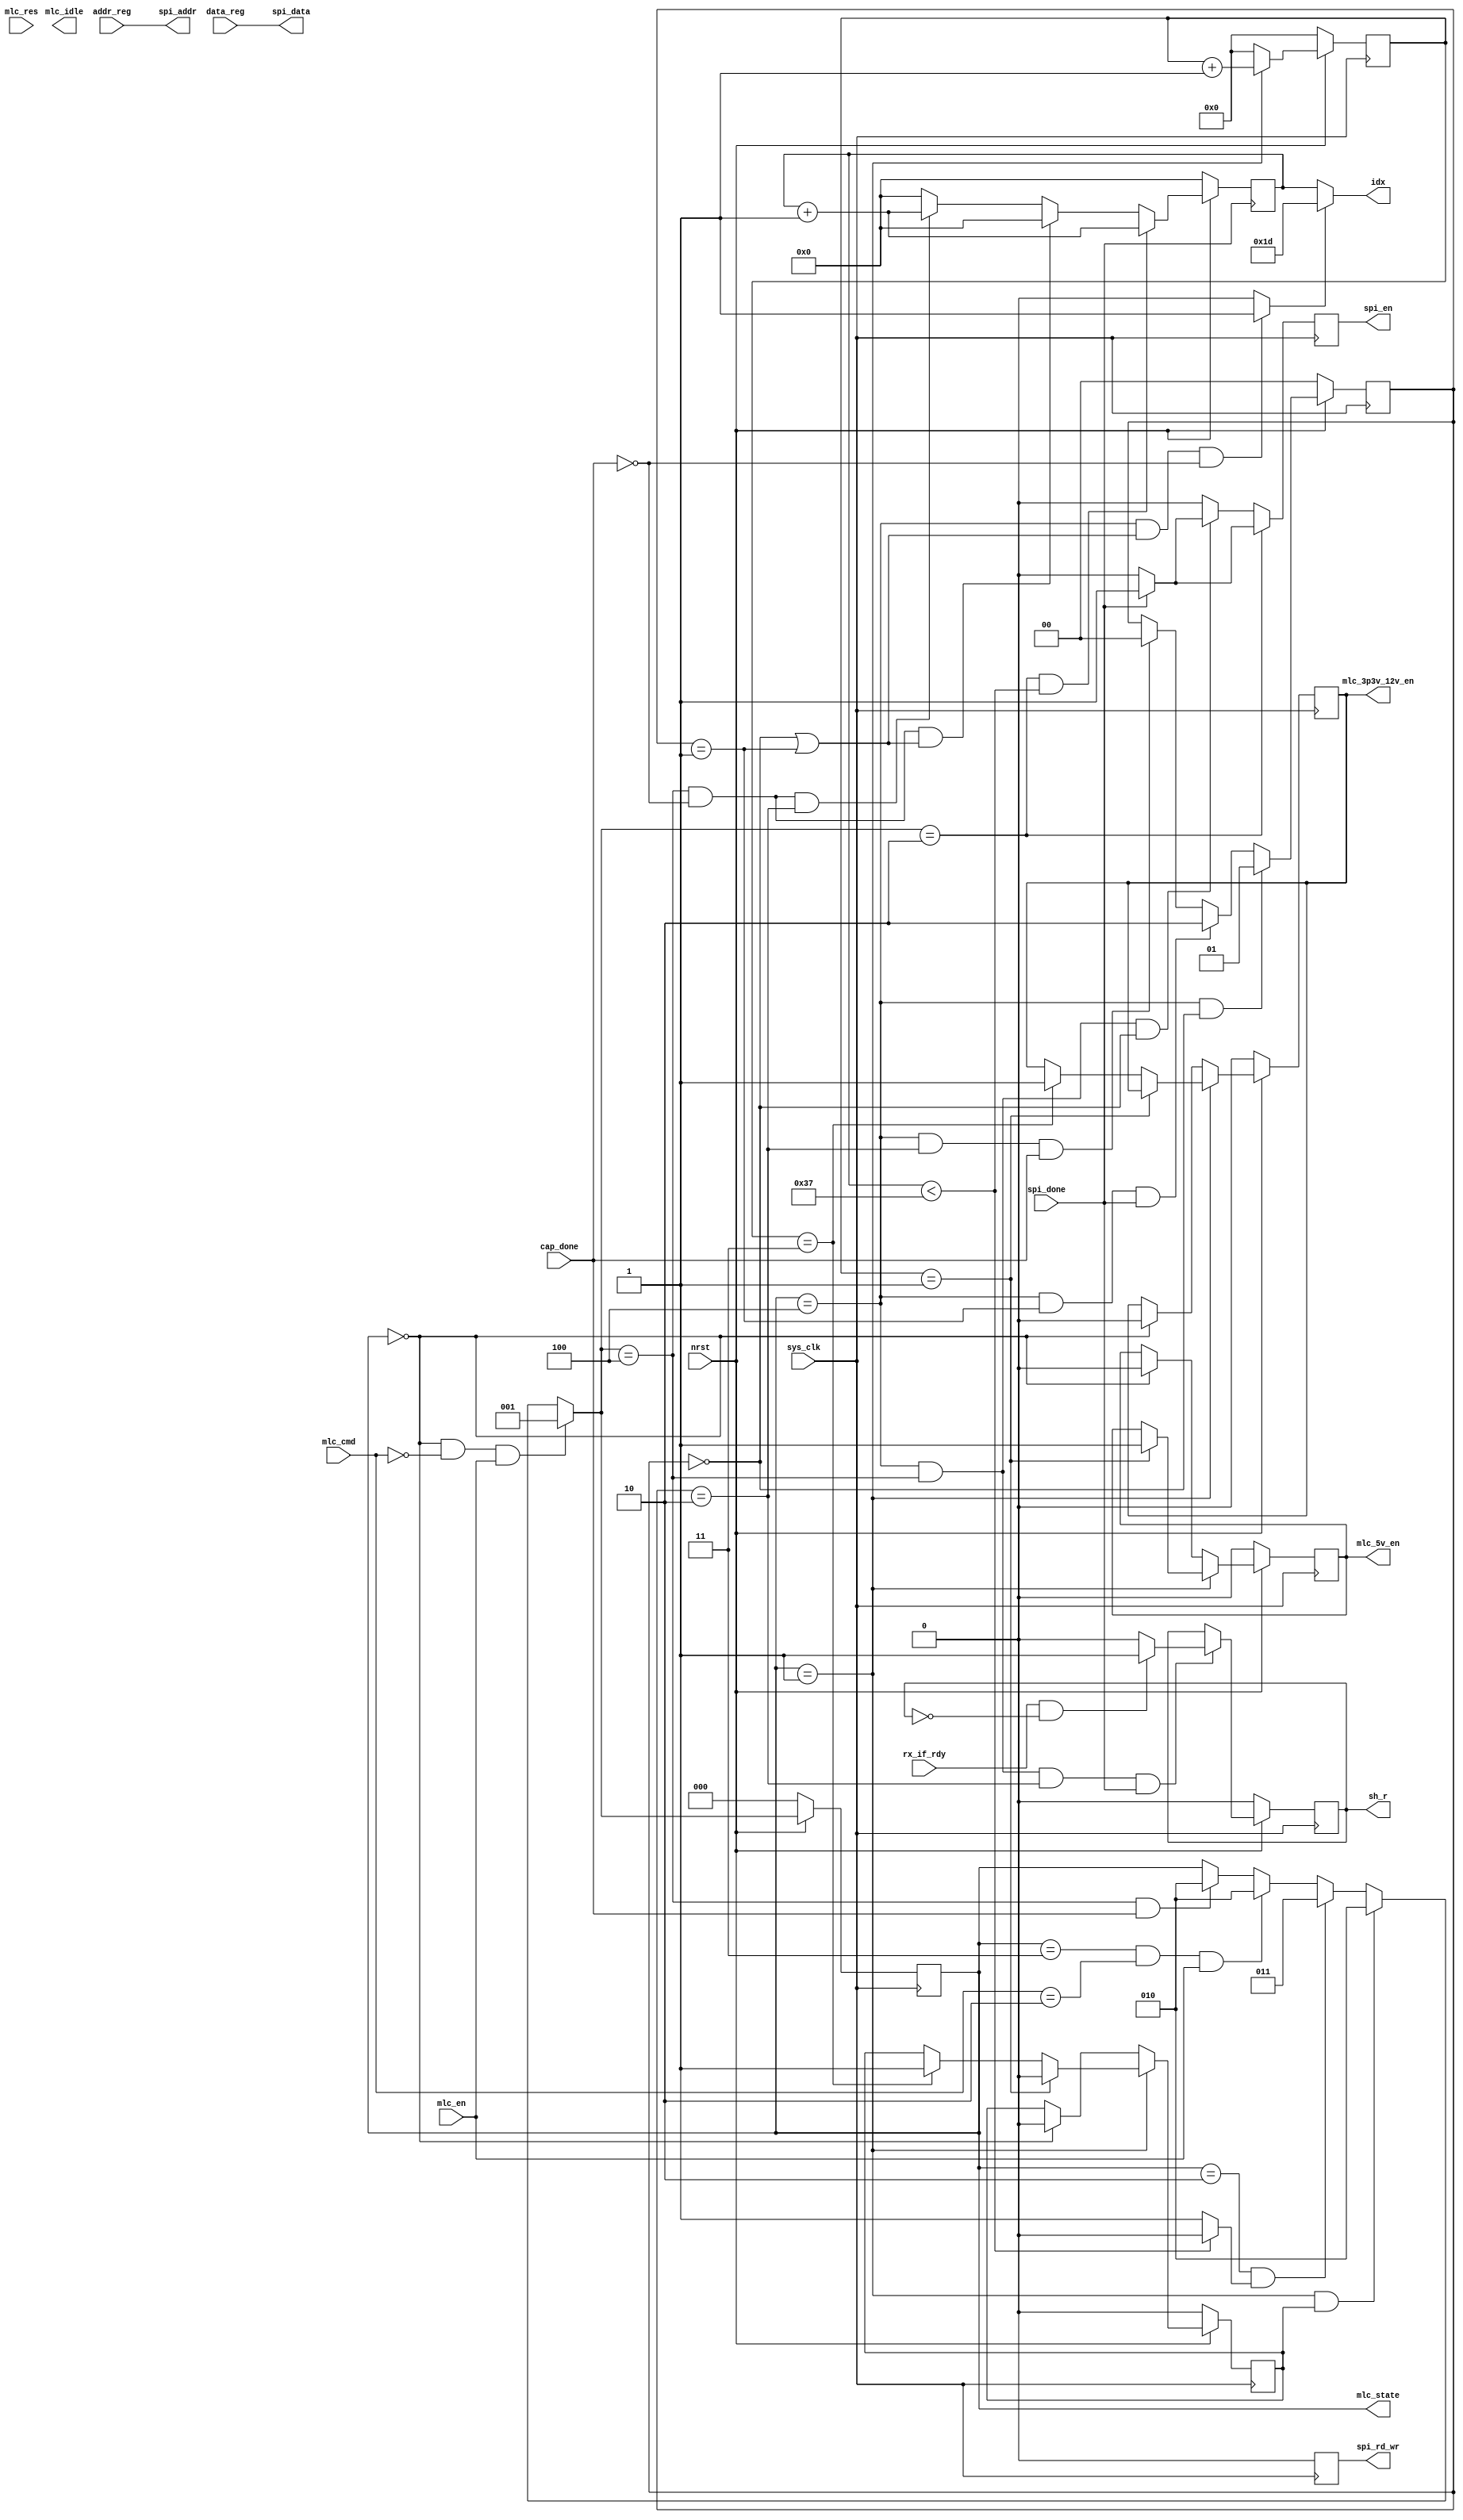
module mmc_main_controller(
	input nrst,
	input sys_clk,

	input [2:0] mlc_cmd,
	input [3:0] mlc_res,
	input mlc_en,
	output mlc_idle,
	
	input spi_done,
	output reg spi_en,
	output reg spi_rd_wr,
	output [4:0]spi_addr,
	output [7:0]spi_data,
	
	output reg mlc_5v_en,
	output reg mlc_3p3v_12v_en,
	
	input cap_done,
	
	output [5:0]idx,
	input [4:0] addr_reg,
	input [7:0] data_reg,
	
	input rx_if_rdy,
	
	output reg sh_r,
	output reg [2:0] mlc_state
	);

	parameter MLC_OFF = 3'b000;
	parameter MLC_POWER = 3'b001;
	parameter MLC_CONFIG = 3'b010;
	parameter MLC_IDLE = 3'b011;
	parameter MLC_CAP = 3'b100;
	
	parameter CMD_ON = 3'b000;
	parameter CMD_OFF = 3'b001;
	parameter CMD_CAP_SET = 3'b010;
	parameter CMD_CAP_STOP = 3'b011;
	parameter CMD_RSV = 3'b100;

	
	//reg [2:0] mlc_state;
	wire [2:0] next_mlc_state;
	
	reg power_done;
	wire config_done;
	
	
	// State transitions 
	always @ (posedge sys_clk) begin
		if (!nrst) begin
			mlc_state <= MLC_OFF;
		end
		else begin
			mlc_state <= next_mlc_state;
		end
	end
	
	assign next_mlc_state = ((mlc_state == MLC_OFF) && (mlc_cmd == CMD_ON) && (mlc_en == 1'b1)) ? MLC_POWER :
								((mlc_state == MLC_POWER) && (power_done == 1'b1)) ? MLC_CONFIG :
								((mlc_state == MLC_CONFIG) && (config_done == 1'b1)) ? MLC_IDLE : 
								((mlc_state == MLC_IDLE) && (mlc_cmd == CMD_CAP_SET) && (mlc_en == 1'b1)) ? MLC_CONFIG :
								((next_mlc_state == MLC_CAP) && (cap_done == 1'b1)) ? MLC_CONFIG : mlc_state;
	// counter for POWER ON
	reg [15:0] ctr_power;
	
	always @ (posedge sys_clk) begin
		if (!nrst) begin
			ctr_power <= 16'd0;
		end
		else begin
			if (mlc_state == MLC_POWER) begin
				ctr_power <= ctr_power + 1;
			end
			else begin
				ctr_power <= 16'd0;
			end
		end
	end
	
	// power regulators
	parameter DELAY_5V = 16'd1;
	parameter DELAY_3p3V_12V = 16'd3;
	
	always @ (posedge sys_clk) begin
		if (!nrst) begin
			mlc_5v_en <= 1'b0;
			mlc_3p3v_12v_en <= 1'b0;
			power_done <= 0;
		end
		else begin
			if ( mlc_state == MLC_POWER ) begin
				if (ctr_power == DELAY_5V) begin
					mlc_5v_en <= 1'b1;
					mlc_3p3v_12v_en <= mlc_3p3v_12v_en;
					power_done <= 0;
				end
				else if (ctr_power == DELAY_3p3V_12V) begin
					mlc_5v_en <= mlc_5v_en;
					mlc_3p3v_12v_en <= 1'b1;
					power_done <= 1;
				end
			end
			else if (mlc_state == MLC_OFF) begin
				mlc_5v_en <= 1'b0;
				mlc_3p3v_12v_en <= 1'b0;
				power_done <= 0;
			end
			else begin
				mlc_5v_en <= mlc_5v_en;
				mlc_3p3v_12v_en <= mlc_3p3v_12v_en;
				power_done <= power_done;
			end
		end 
	end
	reg [5:0]next_idx;
	always @ (posedge spi_done) begin
		if (!nrst) begin
			next_idx <= 0;
		end
		else begin
			next_idx <= next_idx + 1;
		end
	end

	
	
	reg [1:0]cap_state;
	// config
	//integer i;
	reg [5:0]i;

	always @ (posedge spi_done) begin
		if (!nrst) begin
			i <= 0;
		end
		else begin
			if ( next_mlc_state == MLC_CONFIG && config_done == 1'b0) begin
				i <= i+1;
			end
			else if (next_mlc_state == MLC_CAP && cap_done == 1'b0 && (cap_state == 2'b00 || cap_state == 2'b01)) begin
				i <= 0;
			end
			else if (next_mlc_state == MLC_CAP && cap_done == 1'b0 && (cap_state == 2'b10)) begin
				i <= i+1;
			end
			else if (next_mlc_state == MLC_IDLE) begin
				i <= 0;
			end
			else begin
				i <= 0;
			end
		end
	end
	wire [5:0]idx_cap;
	wire idx_cap_en;
	assign idx = (idx_cap_en )? idx_cap: i;
	assign spi_addr = addr_reg;
	assign spi_data = data_reg;
	//reg [1:0]cap_state;
	always @ (posedge sys_clk) begin
		if (next_mlc_state == MLC_CONFIG) begin
			spi_rd_wr <= 1'b0;
			if (spi_done == 1'b1) begin
				spi_en <= 1'b1;
			end
			else begin
				spi_en <= 1'b0;

			end
		end
		else if (mlc_state == MLC_CAP && next_mlc_state == MLC_CAP && cap_state == 2'b00) begin
			spi_rd_wr <= 1'b0;
			if (spi_done == 1'b1) begin
				spi_en <= 1'b1;
			end
			else begin
				spi_en <= 1'b0;

			end
		end
		else begin
			spi_rd_wr <= 1'b0;
			spi_en <= 1'b0;
		end
	end
	
	assign config_done = (i < 55) ?  1'b0 : 1'b1;
	
	always @ (posedge sys_clk) begin
		if (!nrst) begin
			cap_state <= 0;
		end
		else if (mlc_state == MLC_CAP && cap_state == 0) begin
			cap_state <= 2'b01;
		end
		else if (mlc_state == MLC_CAP && cap_state == 1 && spi_done == 1) begin
			cap_state <= 2'b10;
		end
		else if (mlc_state == MLC_CAP && cap_state == 2'b10 && cap_done == 1) begin
			cap_state <= 2'b00;
		end
		else
			cap_state <= cap_state;

	end
	
	always @ (posedge sys_clk) begin
		if (!nrst) begin
			sh_r <= 0;
		end
		else begin
			if (mlc_state == MLC_CAP && next_mlc_state == MLC_CAP && cap_state == 2'b10 && spi_done == 1'b1) begin
				if (rx_if_rdy == 1 && sh_r == 0) begin
					sh_r <= 1;
				end
				else begin
					sh_r <= 0;
				end
			end
		end

	end
	//always @ (posedge sys_clk) begin
	//	if (mlc_state == MLC_CONFIG) begin
	//		while (i < 6) begin
	//			spi_addr <= addr_reg;
	//			spi_data <= data_reg;
	//		end
	//	end
	//end
	
	
	// CAPTURE
	//wire idx_cap;
	//wire idx_cap_en;
	
	assign idx_cap_en = (mlc_state == MLC_CAP && (cap_state == 0 ||cap_state == 1) && cap_done == 0)? 1 : 0;
	assign idx_cap = 5'd61;
	
endmodule